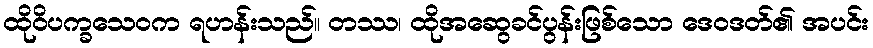
ထိုဝိပက္ခသေဝက ရဟန်းသည်။ တဿ၊ ထိုအဆွေခင်ပွန်းဖြစ်သော ဒေဝဒတ်၏ အပင်း